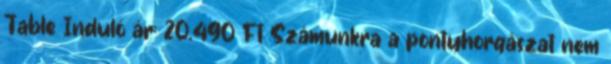
Table Induló ár: 20.490 Ft Számunkra a pontyhorgászat nem